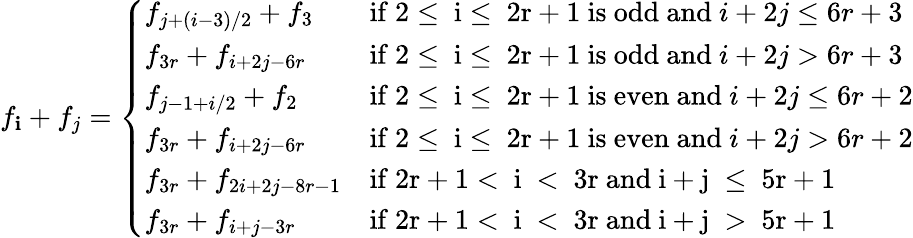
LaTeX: f_{\mathbf{i}}+f_{j}=\left\{ \begin{array}{ll}{f_{j+(i-3)/2}+f_{3}}&{\mathrm{if~2\leq~i\leq~2r+1~is~odd~and~}i+2j\leq 6r+3}\\ {f_{3r}+f_{i+2j-6r}}&{\mathrm{if~2\leq~i\leq~2r+1~is~odd~and~}i+2j>6r+3}\\ {f_{j-1+i/2}+f_{2}}&{\mathrm{if~2\leq~i\leq~2r+1~is~even~and~}i+2j\leq 6r+2}\\ {f_{3r}+f_{i+2j-6r}}&{\mathrm{if~2\leq~i\leq~2r+1~is~even~and~}i+2j>6r+2}\\ {f_{3r}+f_{2i+2j-8r-1}}&{\mathrm{if~2r+1<~i~<~3r~and~i+j~\leq~5r+1~}}\\ {f_{3r}+f_{i+j-3r}}&{\mathrm{if~2r+1<~i~<~3r~and~i+j~>~5r+1~}}\end{array}\right.